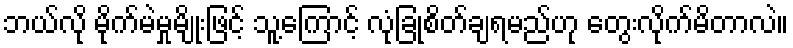
ဘယ်လို မိုက်မဲမှုမျိုးဖြင့် သူ့ကြောင့် လုံခြုံစိတ်ချရမည်ဟု တွေးလိုက်မိတာလဲ။